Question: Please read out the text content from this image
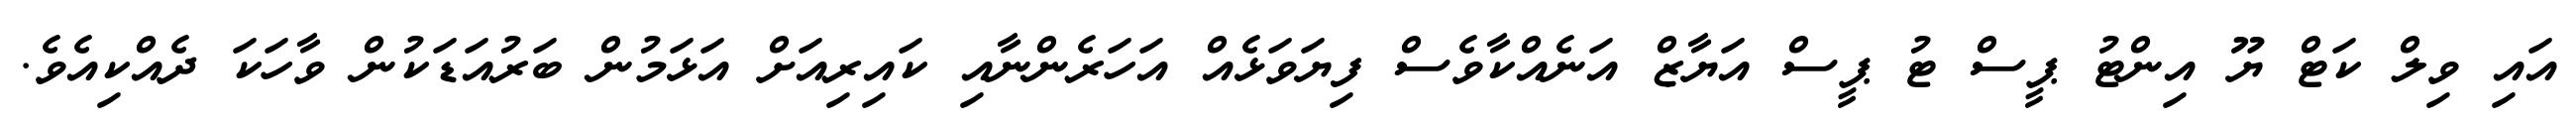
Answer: އައި ވިލް ކަޓް ޔޫ އިންޓު ޕީސް ޓު ޕީސް އަޔާޒް އަނެއްކާވެސް ފިޔަވަޅެއް އަހަރެންނާއި ކައިރިއަށް އަޅަމުން ބަރުއަޑަކުން ވާހަކަ ދެއްކިއެވެ.